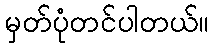
မှတ်ပုံတင်ပါတယ်။